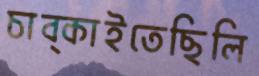
চাব্‌কাইতেছিলি